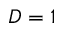
D = 1